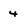
Character: 4